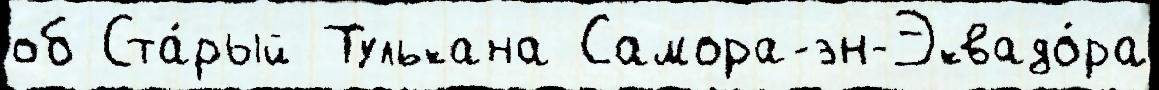
об Ста́рый Тулькана Самора-эн-Эквадо́ра